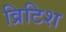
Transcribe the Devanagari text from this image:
व्रिटिश